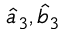
\hat { a } _ { 3 } , \hat { b } _ { 3 }